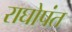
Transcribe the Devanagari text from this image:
राघोपंत